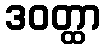
ဒဝတ္ထာ